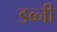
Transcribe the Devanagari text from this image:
डब्नी